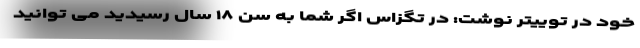
خود در توییتر نوشت: در تگزاس اگر شما به سن ۱۸ سال رسیدید می توانید